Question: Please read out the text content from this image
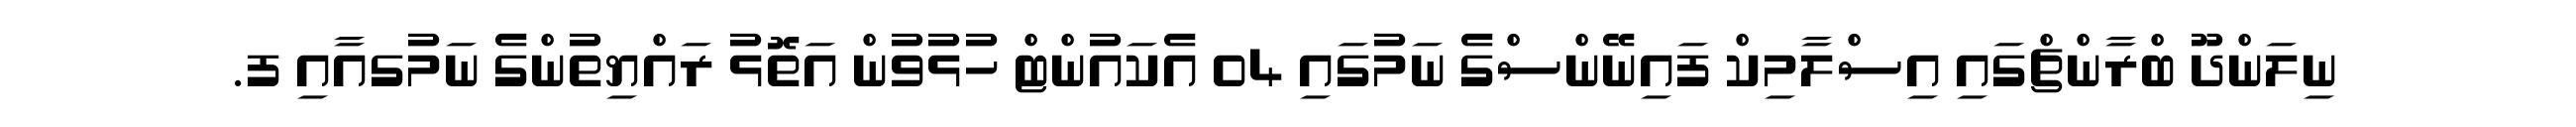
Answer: ނިލަންދޫ ބްރާންޗްގައި އިސްލާމިކް ފައިނޭންސްގެ ނަމުގައި 04 އެކައުންޓް ހުޅުވުން އަތޮޅު ރައްޔިތުންގެ ނަމުގއާއި ފ.